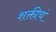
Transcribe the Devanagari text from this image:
शक्तीचं